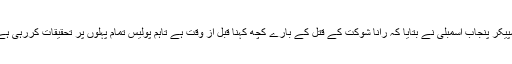
سپیکر پنجاب اسمبلی نے بتایا کہ رانا شوکت کے قتل کے بارے کچھ کہنا قبل از وقت ہے تاہم پولیس تمام پہلوں پر تحقیقات کررہی ہے۔